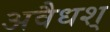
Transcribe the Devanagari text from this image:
अवैधश्